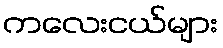
ကလေးငယ်များ